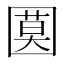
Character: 𡈗